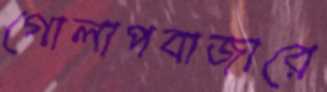
গোলাপবাজারে